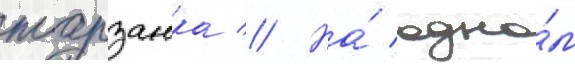
тарзанка // На́ одно́м